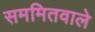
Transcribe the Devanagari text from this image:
सममितवाले